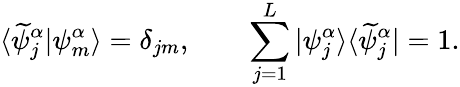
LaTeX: \langle\widetilde{\psi}_{j}^{\alpha}|\psi_{m}^{\alpha}\rangle=\delta_{jm},\qquad\sum_{j=1}^{L}|\psi_{j}^{\alpha}\rangle\langle\widetilde{\psi}_{j}^{\alpha}|=1.